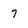
Character: 7